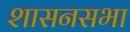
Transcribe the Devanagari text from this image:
शासनसभा